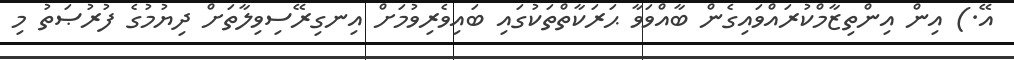
އޭ.) އިން އިންތިޒާމްކުރައްވައިގެން ބާއްވަވާ ޙަރަކާތްތަކުގައި ބައިވެރިވުމަށް އިނގިރޭސިވިލާތަށް ދިޔުމުގެ ފުރުޞަތު މި